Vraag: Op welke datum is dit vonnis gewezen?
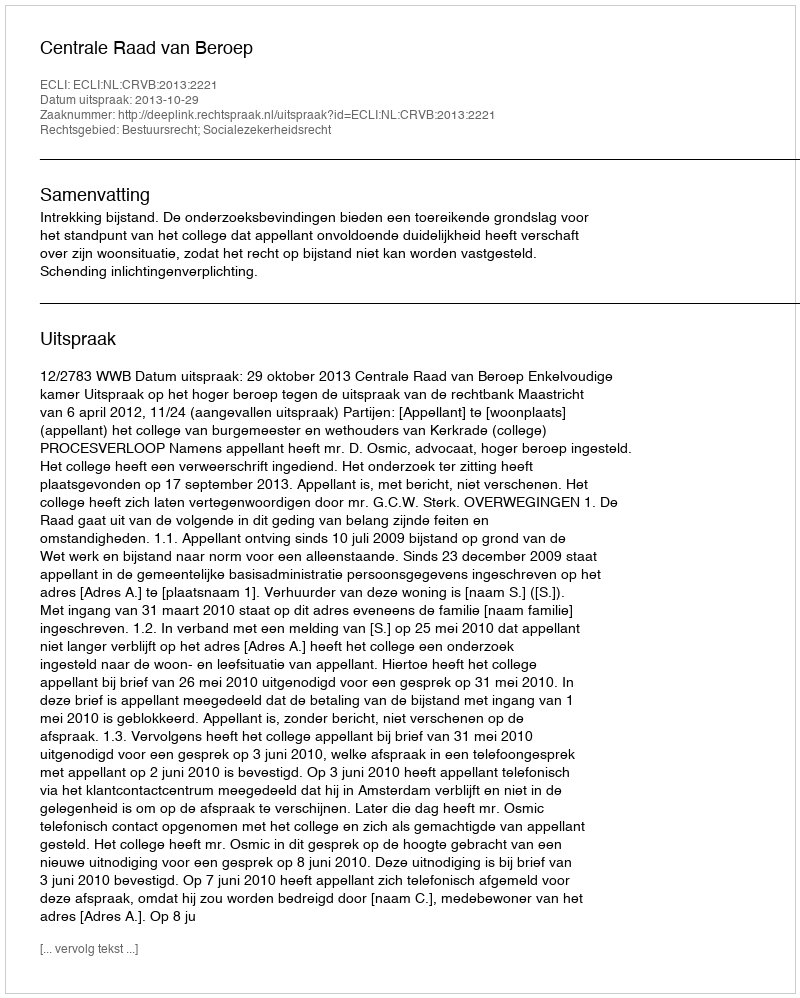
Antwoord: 2013-10-29